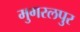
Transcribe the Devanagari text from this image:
मुगरलपुर